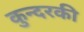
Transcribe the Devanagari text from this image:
कुन्‍दरकी